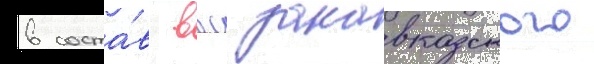
в соста́в ввс закавказского